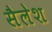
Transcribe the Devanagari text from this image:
सैलेश